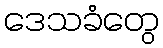
ဒေသခံတွေ